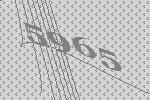
5965